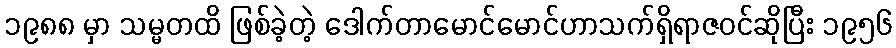
၁၉၈၈ မှာ သမ္မတထိ ဖြစ်ခဲ့တဲ့ ဒေါက်တာမောင်မောင်ဟာသက်ရှိရာဇဝင်ဆိုပြီး ၁၉၅၆